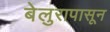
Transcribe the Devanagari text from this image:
बेलुरापासून